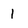
Character: l